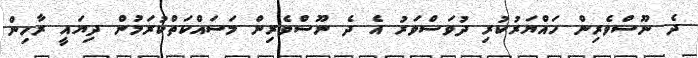
ދެ ނޫސްވެރިން ހައްޔަރުކުރި ދުވަސްވަރު އެ ދެ ނޫސްވެރިން މަސައްކަތްކުރަމުން ދިޔައީ ރާހިން